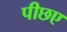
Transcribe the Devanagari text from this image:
पीछए